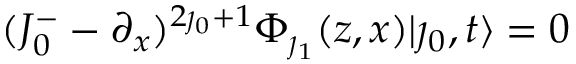
( J _ { 0 } ^ { - } - \partial _ { x } ) ^ { 2 \jmath _ { 0 } + 1 } \Phi _ { \jmath _ { 1 } } ( z , x ) | \jmath _ { 0 } , t \rangle = 0